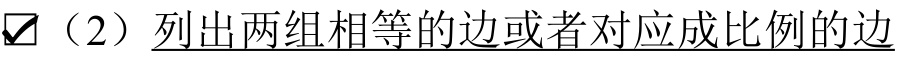
\(\boxed{√}\)（2）列出两组相等的边或者对应成比例的边